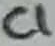
Text: C1